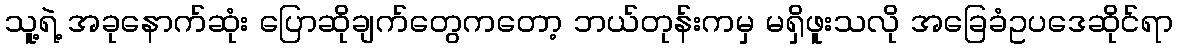
သူ့ရဲ့ အခုနောက်ဆုံး ပြောဆိုချက်တွေကတော့ ဘယ်တုန်းကမှ မရှိဖူးသလို အခြေခံဥပဒေဆိုင်ရာ